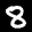
Label: 8